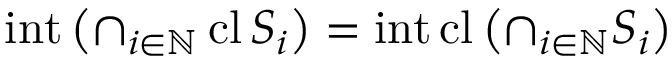
\operatorname { i n t } \left( \cap _ { i \in \mathbb { N } } \operatorname { c l } S _ { i } \right) = \operatorname { i n t } \operatorname { c l } \left( \cap _ { i \in \mathbb { N } } S _ { i } \right)